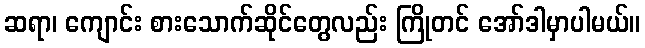
ဆရာ၊ ကျောင်း စားသောက်ဆိုင်တွေလည်း ကြိုတင် အော်ဒါမှာပါမယ်။